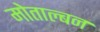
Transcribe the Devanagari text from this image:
मोताल्बन